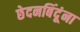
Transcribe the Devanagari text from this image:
छेदनबिंदूंना